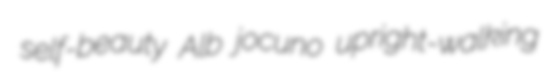
self-beauty Alb jocuno upright-walking